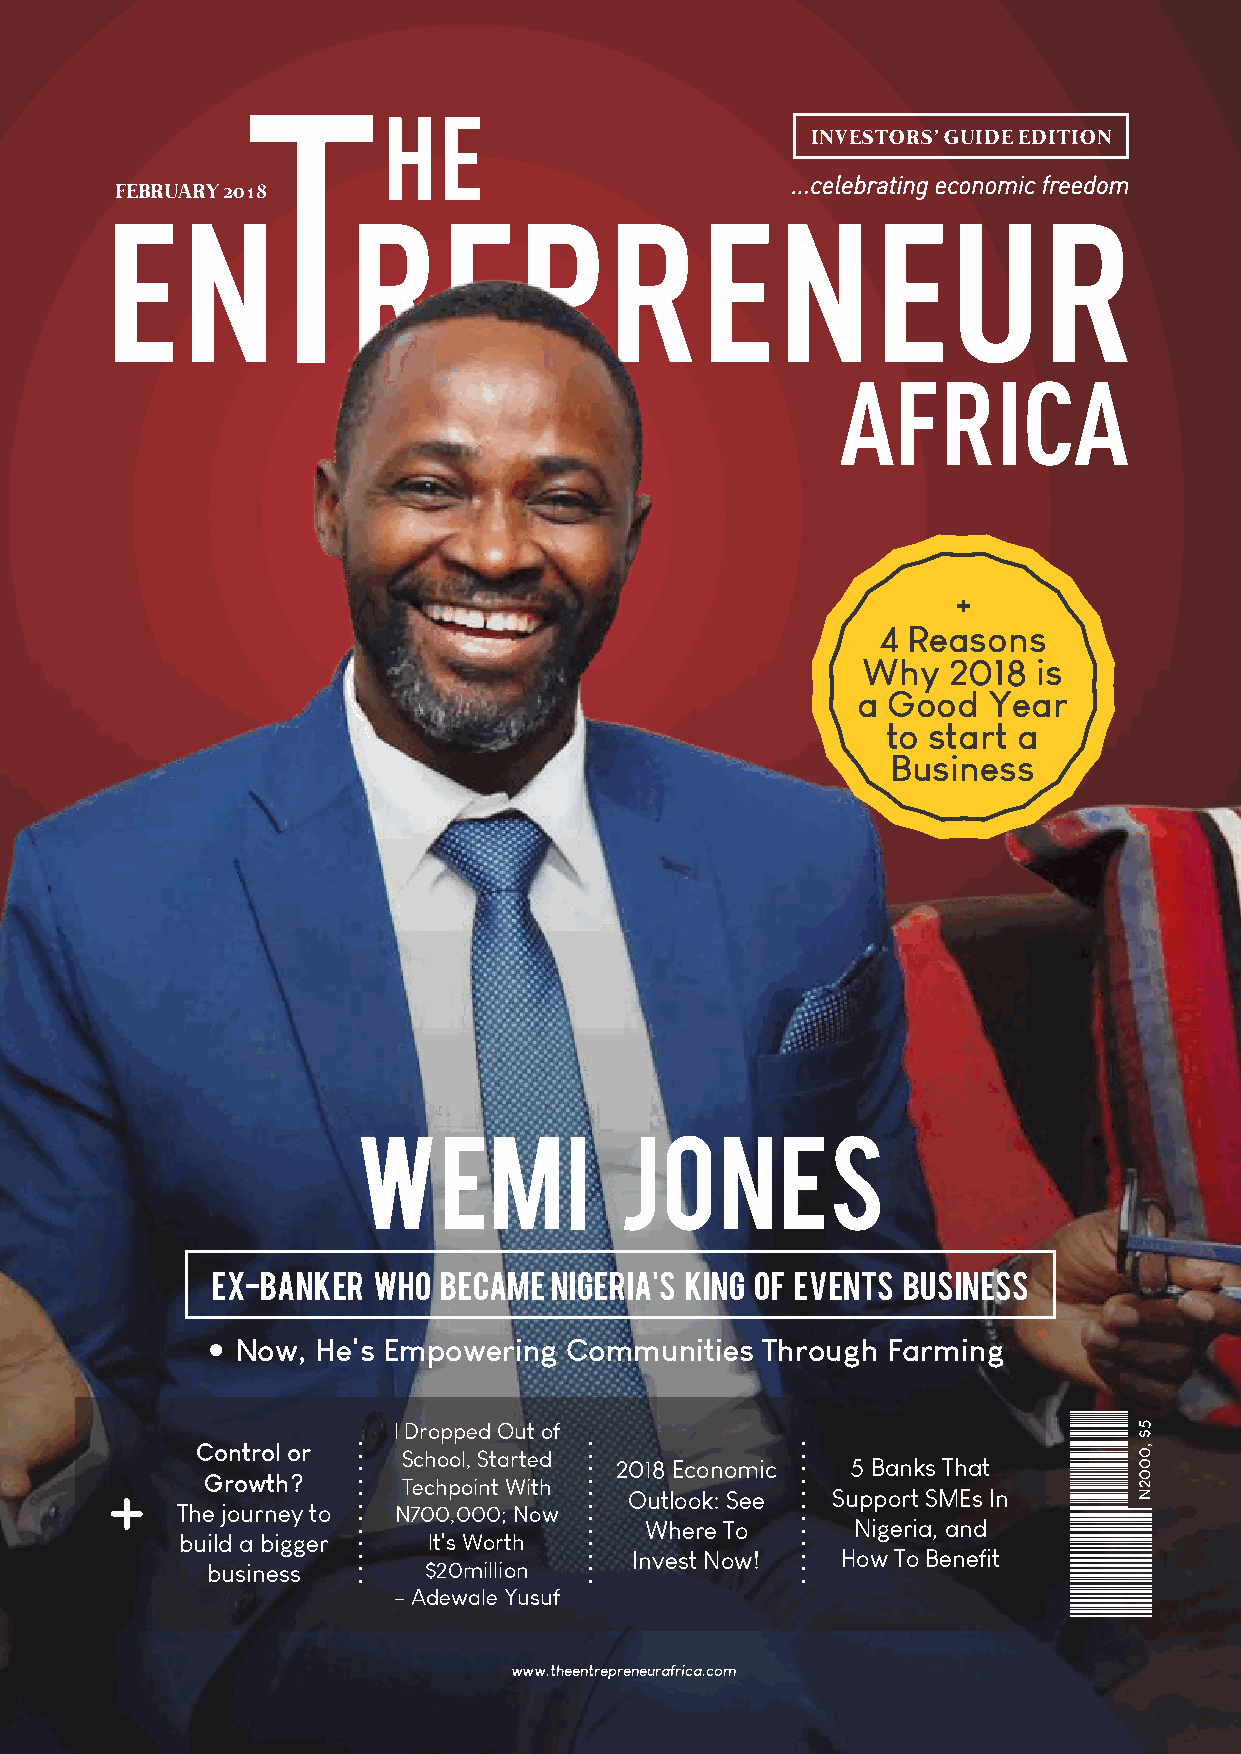
INVESTORS’ GUIDE EDITION
 FEBRUARY 2018
 +
 4 Reasons
 Why   2018  is
 a Good  Year
 to start a
 Business
 Wemi             Jones
 EX-BANKER  WHO BECAME NIGERIA'S KING OF EVENTS BUSINESS
 Now, He's Empowering  Communities Through  Farming
 I Dropped Out of
 Control or
 +                   School, Started 2018 Economic 5 Banks That
 Growth?      Techpoint With
 Outlook: See Support SMEs In
 The journey to N700,000; Now
 Where To     Nigeria, and
 build a bigger  It's Worth
 Invest Now!   How To Benefit
 business      $20million
 – Adewale Yusuf
 www.theentrepreneurafrica.com
 5$
 ,0002N